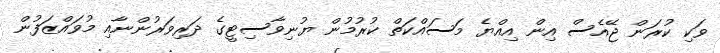
ވަކި ކުރަން ޖޭއެސް އިން އިއްޔެ މަސައްކަތް ކުރުމުން ޔުނިވާސިޓީގެ ދަރިވަރުންނާއި މުވައްޒަފުން